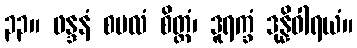
၃၃။ ဖန္ဒနံ စပလံ စိတ္တံ၊ ဒူရက္ခံ ဒုန္နိဝါရယံ။